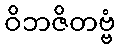
ဝိဘဇိတဗ္ဗံ